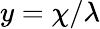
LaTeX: y=\chi/\lambda